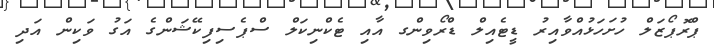
ޕްރޮޕޯޒަލް ހުށަހަޅުއްވާއިރު ޑީޓެއިލް ޑްރޯވިންގ އާއި ޓެކްނިކަލް ސްޕެސިފިކޭޝަންގެ އަގު ވަކިން އަދި